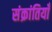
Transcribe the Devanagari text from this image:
संक्रांतियाँ